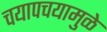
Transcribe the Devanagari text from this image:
चयापचयामुळे